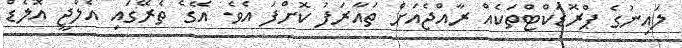
ލައިނުގެ ޕްރޮޑަކްޓްތަކެއް ރާއްޖެއަށް ތައާރަފު ކޮށްފަ އެވެ. އޭގެ ތެރޭގައި އެލްޖީ އޮލެޑް